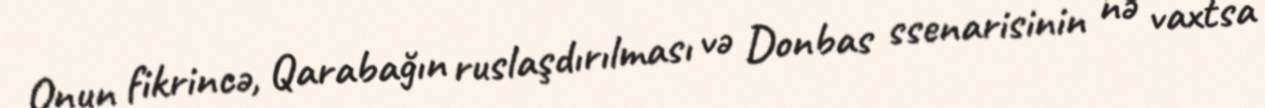
Onun fikrincə, Qarabağın ruslaşdırılması və Donbas ssenarisinin nə vaxtsa